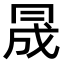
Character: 𠕠